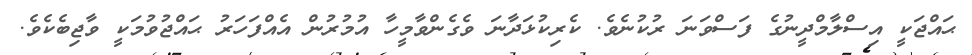
ޙައްޖަކީ އިސްލާމްދީނުގެ ފަސްވަނަ ރުކުނެވެ. ކެރިކުޅަދާނަ ވެގެންވާމީހާ އުމުރުން އެއްފަހަރު ޙައްޖުވުމަކީ ވާޖިބެކެވެ.